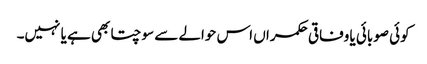
کوئی صوبائی یا وفاقی حکمراں اس حوالے سے سوچتا بھی ہے یا نہیں۔